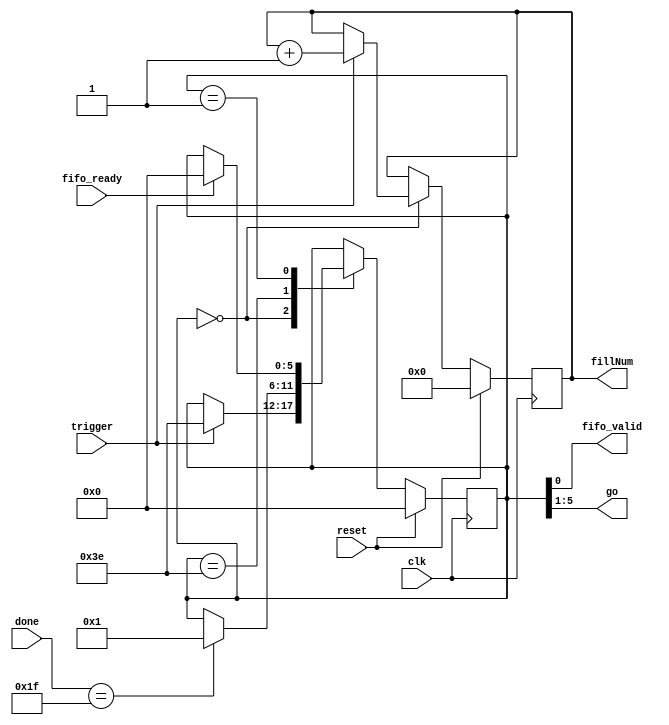

// Created by fizzim.pl version 4.42 on 2014:06:18 at 15:52:14 (www.fizzim.com)

module triggerManager (
  output wire fifo_valid,
  output reg [23:0] fillNum,
  output wire [4:0] go,
  input wire clk,
  input wire [4:0] done,
  input wire fifo_ready,
  input wire reset,
  input wire trigger 
);
  
  // state bits
  parameter 
  IDLE          = 6'b000000, // go[4:0]=00000 fifo_valid=0 
  FILL          = 6'b111110, // go[4:0]=11111 fifo_valid=0 
  STORE_FILLNUM = 6'b000001; // go[4:0]=00000 fifo_valid=1 
  
  reg [5:0] state;
  reg [5:0] nextstate;
  reg [23:0] next_fillNum;
  
  // comb always block
  always @* begin
    nextstate = state; // default to hold value because implied_loopback is set
    next_fillNum[23:0] = fillNum[23:0];
    case (state)
      IDLE         : begin
        if (trigger) begin
          nextstate = FILL;
          next_fillNum[23:0] = fillNum[23:0]+1;
        end
      end
      FILL         : begin
        if (done[4:0]==5'b11111) begin
          nextstate = STORE_FILLNUM;
        end
      end
      STORE_FILLNUM: begin
        if (fifo_ready) begin
          nextstate = IDLE;
        end
      end
    endcase
  end
  
  // Assign reg'd outputs to state bits
  assign fifo_valid = state[0];
  assign go[4:0] = state[5:1];
  
  // sequential always block
  always @(posedge clk) begin
    if (reset) begin
      state <= IDLE;
      fillNum[23:0] <= 0;
      end
    else begin
      state <= nextstate;
      fillNum[23:0] <= next_fillNum[23:0];
      end
  end
  
  // This code allows you to see state names in simulation
  `ifndef SYNTHESIS
  reg [103:0] statename;
  always @* begin
    case (state)
      IDLE         :
        statename = "IDLE";
      FILL         :
        statename = "FILL";
      STORE_FILLNUM:
        statename = "STORE_FILLNUM";
      default      :
        statename = "XXXXXXXXXXXXX";
    endcase
  end
  `endif

endmodule